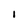
Character: 1